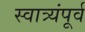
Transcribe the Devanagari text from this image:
स्वात्र्यंपूर्व